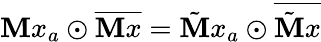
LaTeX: \mathbf{M}x_{a}\odot\overline{{{\mathbf{M}x}}}=\tilde{{\mathbf{M}}}x_{a}\odot\overline{{{\tilde{{\mathbf{M}}}x}}}